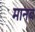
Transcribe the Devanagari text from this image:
मानब